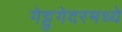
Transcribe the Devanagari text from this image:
गेट्टुगेदरमध्ये